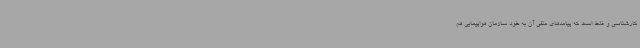
کارشناسی و غلط است که پیامدهای منفی آن به خود سازمان هواپیمایی هم